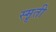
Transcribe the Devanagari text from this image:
स्मॄती